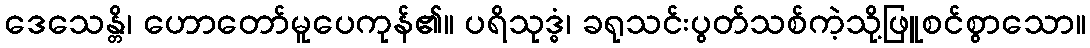
ဒေသေန္တိ၊ ဟောတော်မူပေကုန်၏။ ပရိသုဒ္ဓံ၊ ခရုသင်းပွတ်သစ်ကဲ့သို့ဖြူစင်စွာသော။